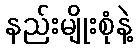
နည်းမျိုးစုံနဲ့